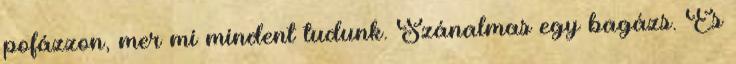
pofázzon, mer mi mindent tudunk. Szánalmas egy bagázs. És